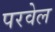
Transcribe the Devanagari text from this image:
परवेल